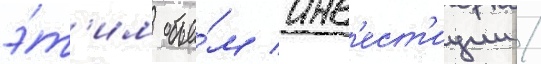
э́т'им объе́м инв'ест'иции /